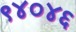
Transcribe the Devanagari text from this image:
९४०४६